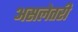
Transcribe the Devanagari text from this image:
असलेतरी